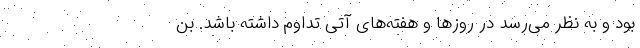
بود و به نظر می‌رسد در روز‌ها و هفته‌های آتی تداوم داشته باشد. بن